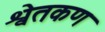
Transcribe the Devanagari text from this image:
श्वेतकण